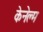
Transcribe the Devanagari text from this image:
केनेल्म